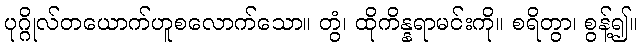
ပုဂ္ဂိုလ်တယောက်ဟူစလောက်သော။ တွံ၊ ထိုကိန္နရာမင်းကို။ စရိတွာ၊ စွန့်၍။